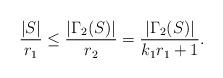
LaTeX: \begin{align*}\frac{|S|}{r_1}\le \frac{|\Gamma_2(S)|}{r_2}=\frac{|\Gamma_2(S)|}{k_1r_1+1}.\end{align*}